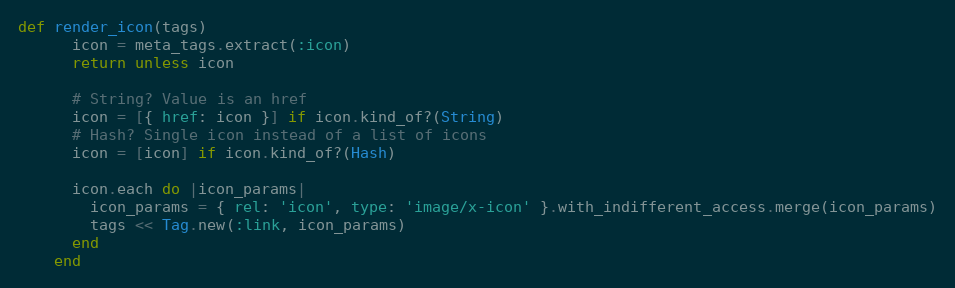
Language: Ruby
def render_icon(tags)
      icon = meta_tags.extract(:icon)
      return unless icon

      # String? Value is an href
      icon = [{ href: icon }] if icon.kind_of?(String)
      # Hash? Single icon instead of a list of icons
      icon = [icon] if icon.kind_of?(Hash)

      icon.each do |icon_params|
        icon_params = { rel: 'icon', type: 'image/x-icon' }.with_indifferent_access.merge(icon_params)
        tags << Tag.new(:link, icon_params)
      end
    end